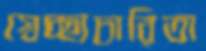
স্বেচ্ছাচারিতা